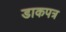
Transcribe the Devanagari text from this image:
डाकपत्र